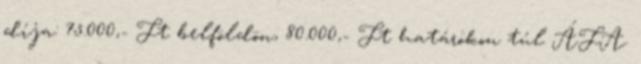
díja: 75.000,- Ft belföldön, 80.000,- Ft határokon túl ÁFA.